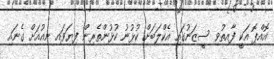
އޮއްޕޮ އަކީ ފާއިތުވި ސީޒަނުގައި އެކްލަބަށް ކުޅުނު ކުޅުންތެރިން ފިޔަވައި ނިއުއަށް ގެނައި